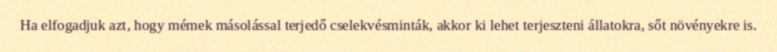
Ha elfogadjuk azt, hogy mémek másolással terjedő cselekvésminták, akkor ki lehet terjeszteni állatokra, sőt növényekre is.